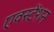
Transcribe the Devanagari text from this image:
एवस्टेंशन